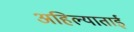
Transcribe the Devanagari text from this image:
अहिल्याताई